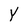
Character: Y